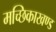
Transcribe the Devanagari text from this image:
मच्छिकाखण्ड